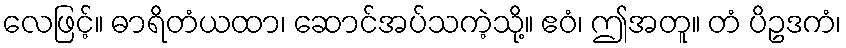
လေဖြင့်။ ဓာရိတံယထာ၊ ဆောင်အပ်သကဲ့သို့။ ဧဝံ၊ ဤအတူ။ တံ ပိဥဒကံ၊